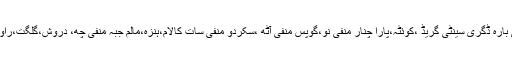
ملک میں سب سے کم درجہ حرارت قلات میں منفی بارہ ڈگری سینٹی گریڈ ،کوئٹہ،پارا چنار منفی نو،گوپس منفی آٹھ ،سکردو منفی سات کالام،ہنزہ،مالم جبہ منفی چھ، دروش،گلگت،راولاکوٹ منفی پانچ ڈگری سینٹی گریڈ ریکارڈ کیا گیا۔